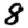
Digit: 8